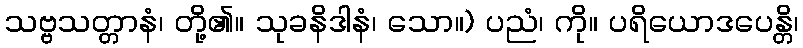
သဗ္ဗသတ္တာနံ၊ တို့၏။ သုခနိဒါနံ၊ သော။) ပညံ၊ ကို။ ပရိယောဒပေန္တိ၊